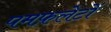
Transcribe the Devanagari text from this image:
पमफ़लेटों